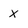
Character: X